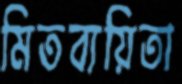
মিতব্যয়িতা